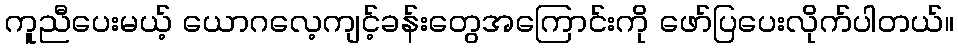
ကူညီပေးမယ့် ယောဂလေ့ကျင့်ခန်းတွေအကြောင်းကို ဖော်ပြပေးလိုက်ပါတယ်။